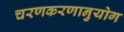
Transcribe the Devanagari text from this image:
चरणकरणानुयोग